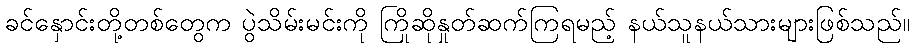
ခင်နှောင်းတို့တစ်တွေက ပွဲသိမ်းမင်းကို ကြိုဆိုနှုတ်ဆက်ကြရမည့် နယ်သူနယ်သားများဖြစ်သည်။